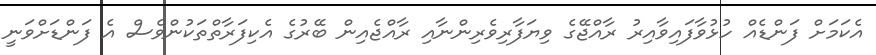
އެކަމަށް ފަންޑެއް ހުޅުވާފައިވާއިރު ރާއްޖޭގެ ވިޔަފާރިވެރިންނާއި ރާއްޖެއިން ބޭރުގެ އެކިފަރާތްތަކުންވެސް އެ ފަންޑަށްވަނީ